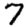
Digit: 7